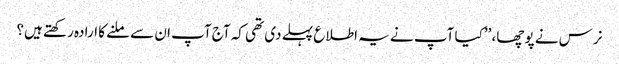
نرس نے پوچھا، ’’کیا آپ نے یہ اطلاع پہلے دی تھی کہ آج آپ ان سے ملنے کا ارادہ رکھتے ہیں؟